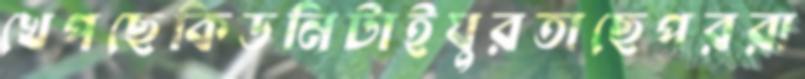
খেপছেকিডনিটাইঘুরতাছেপররা